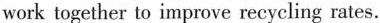
work together to improve recycling rates.